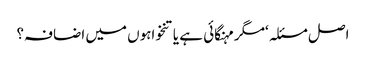
اصل مسئلہ ‘مگر مہنگائی ہے یا تنخواہوں میں اضافہ؟